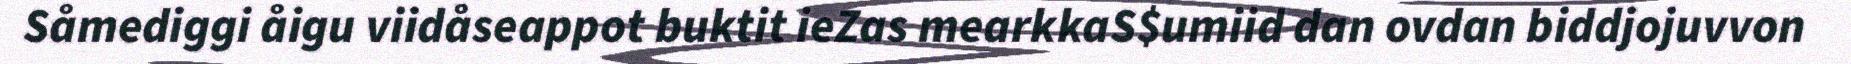
Såmediggi åigu viidåseappot buktit ieZas mearkkaS$umiid dan ovdan biddjojuvvon